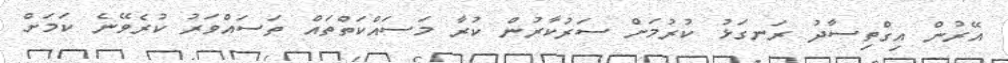
އޭރުން އިގްތިސާދު ރަނގަޅު ކުރުމަށް ސަރުކާރުން ކުރާ މަސައްކަތްތައް ތަސައްވަރު ކުރެވޭނެ ކަމަށް